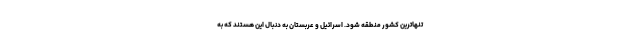
تنهاترین کشور منطقه شود. اسرائیل و عربستان به دنبال این هستند که به